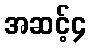
အဆင့်၄